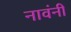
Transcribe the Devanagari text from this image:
नावंनी